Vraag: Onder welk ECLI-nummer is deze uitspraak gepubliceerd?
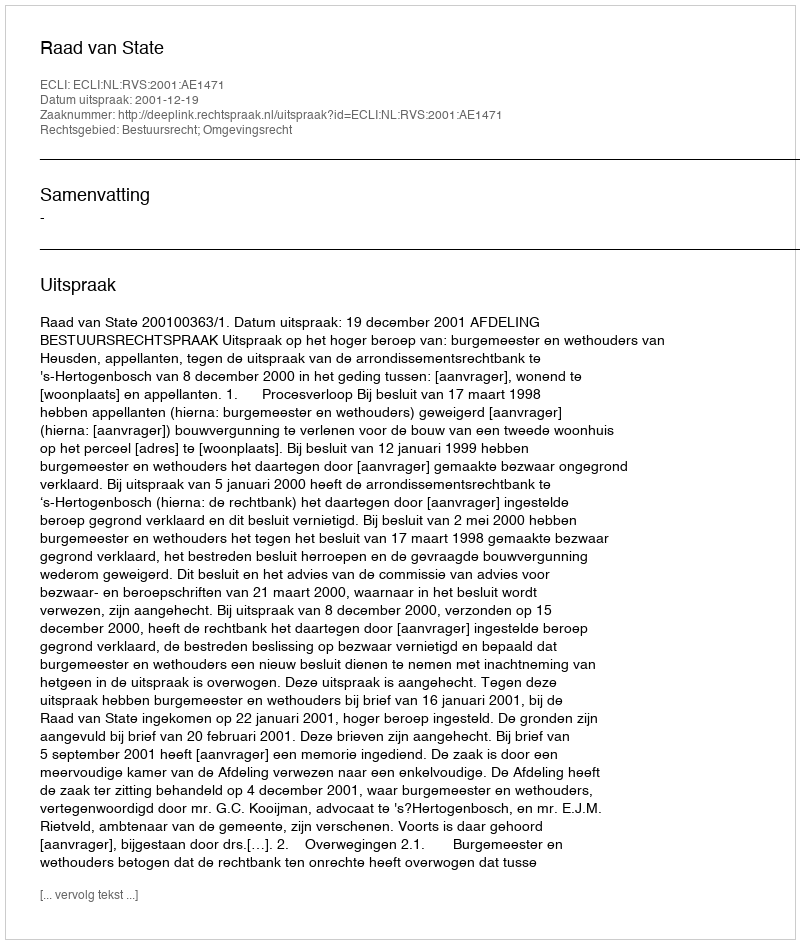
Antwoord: ECLI:NL:RVS:2001:AE1471